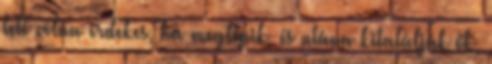
lett volna érdekes, ha meglépik, és utána kitalálják ők,